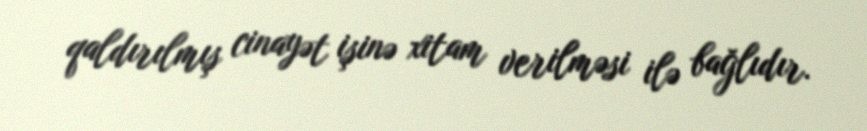
qaldırılmış cinayət işinə xitam verilməsi ilə bağlıdır.